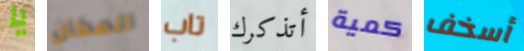
يا المكان تاب أتذكرك كمية أسخف